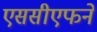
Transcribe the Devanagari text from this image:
एससीएफने